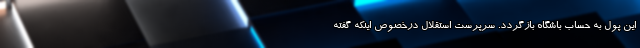
این پول به حساب باشگاه بازگردد. سرپرست استقلال درخصوص اینکه گفته